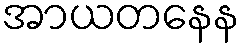
အာယတနေန